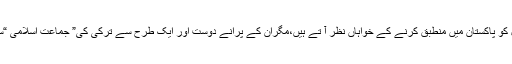
یہ لوگ اردوان کی کامیابی کے ماڈل کو پاکستان میں منطبق کرنے کے خواہاں نظر آ تے ہیں،مگران کے پرانے دوست اور ایک طرح سے ترکی کی” جماعت اسلامی “سعادت پارٹی والے ایسا نہیں سوچتے۔